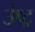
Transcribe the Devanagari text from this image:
उंष्ट्र